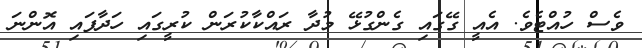
ވެސް ހުއްޓެވެ. އެއީ ގޭގައި ގެންގުޅޭ މުދާ ރައްކާކުރަން ކުރީގައި ހަދާފައި އޮންނަ